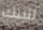
للبنك